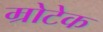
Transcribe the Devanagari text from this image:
म्रोटेक